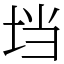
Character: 垱